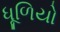
ધૂળિયો